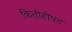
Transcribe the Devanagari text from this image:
कितीहीपट